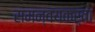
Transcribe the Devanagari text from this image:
समन्वयकर्ता